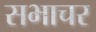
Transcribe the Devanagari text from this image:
सभाचर